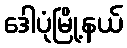
ဒေါပုံမြို့နယ်